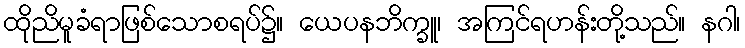
ထိုညိမူခံရာဖြစ်သောစရပ်၌။ ယေပနဘိက္ခူ၊ အကြင်ရဟန်းတို့သည်။ နဂါ၊